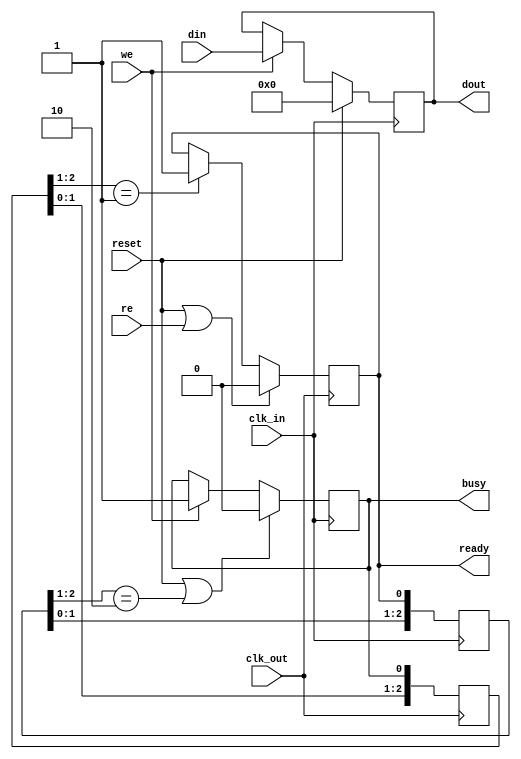
module ccd_register (

	input reset,		// asynchronous active-high reset

	input clk_in,		// write clock
	input we,			// active-high write enable
	input [7:0] din,	// 8-bit data-in
	output busy,		// active-high buffer full

	input clk_out,		// read clock
	input re,			// active-high read enable
	output [7:0] dout,	// 8-bit data-out
	output ready		// active-high data ready flag
);

	// - - -
	// data register

	// 8-bit register
	reg [7:0] data = 8'd0;
	always @(posedge clk_in) begin
		if (reset) data <= 8'd0;
		else if (we) data <= din;
	end
	assign dout = data;

	// - - - 
	// cross clock domain ready/busy handshaking

	reg rdy = 1'b0;
	reg bsy = 1'b0;
	reg [2:0] rdy_q = 3'd0;
	reg [2:0] bsy_q = 3'd0;

	always @(posedge clk_in) rdy_q <= {rdy_q[1:0], rdy};
	wire read_event = rdy_q[2:1] == 2'b10;

	always @(posedge clk_in) begin
		if (reset || read_event) bsy <= 1'b0;
		else if (we) bsy <= 1'b1;
	end

	always @(posedge clk_out) bsy_q <= {bsy_q[1:0], bsy};
	wire write_event = bsy_q[2:1] == 2'b01;

	always @(posedge clk_out) begin
		if (reset || re) rdy <= 1'b0;
		else if (write_event) rdy <= 1'b1;
	end

	assign ready = rdy;
	assign busy = bsy;

endmodule